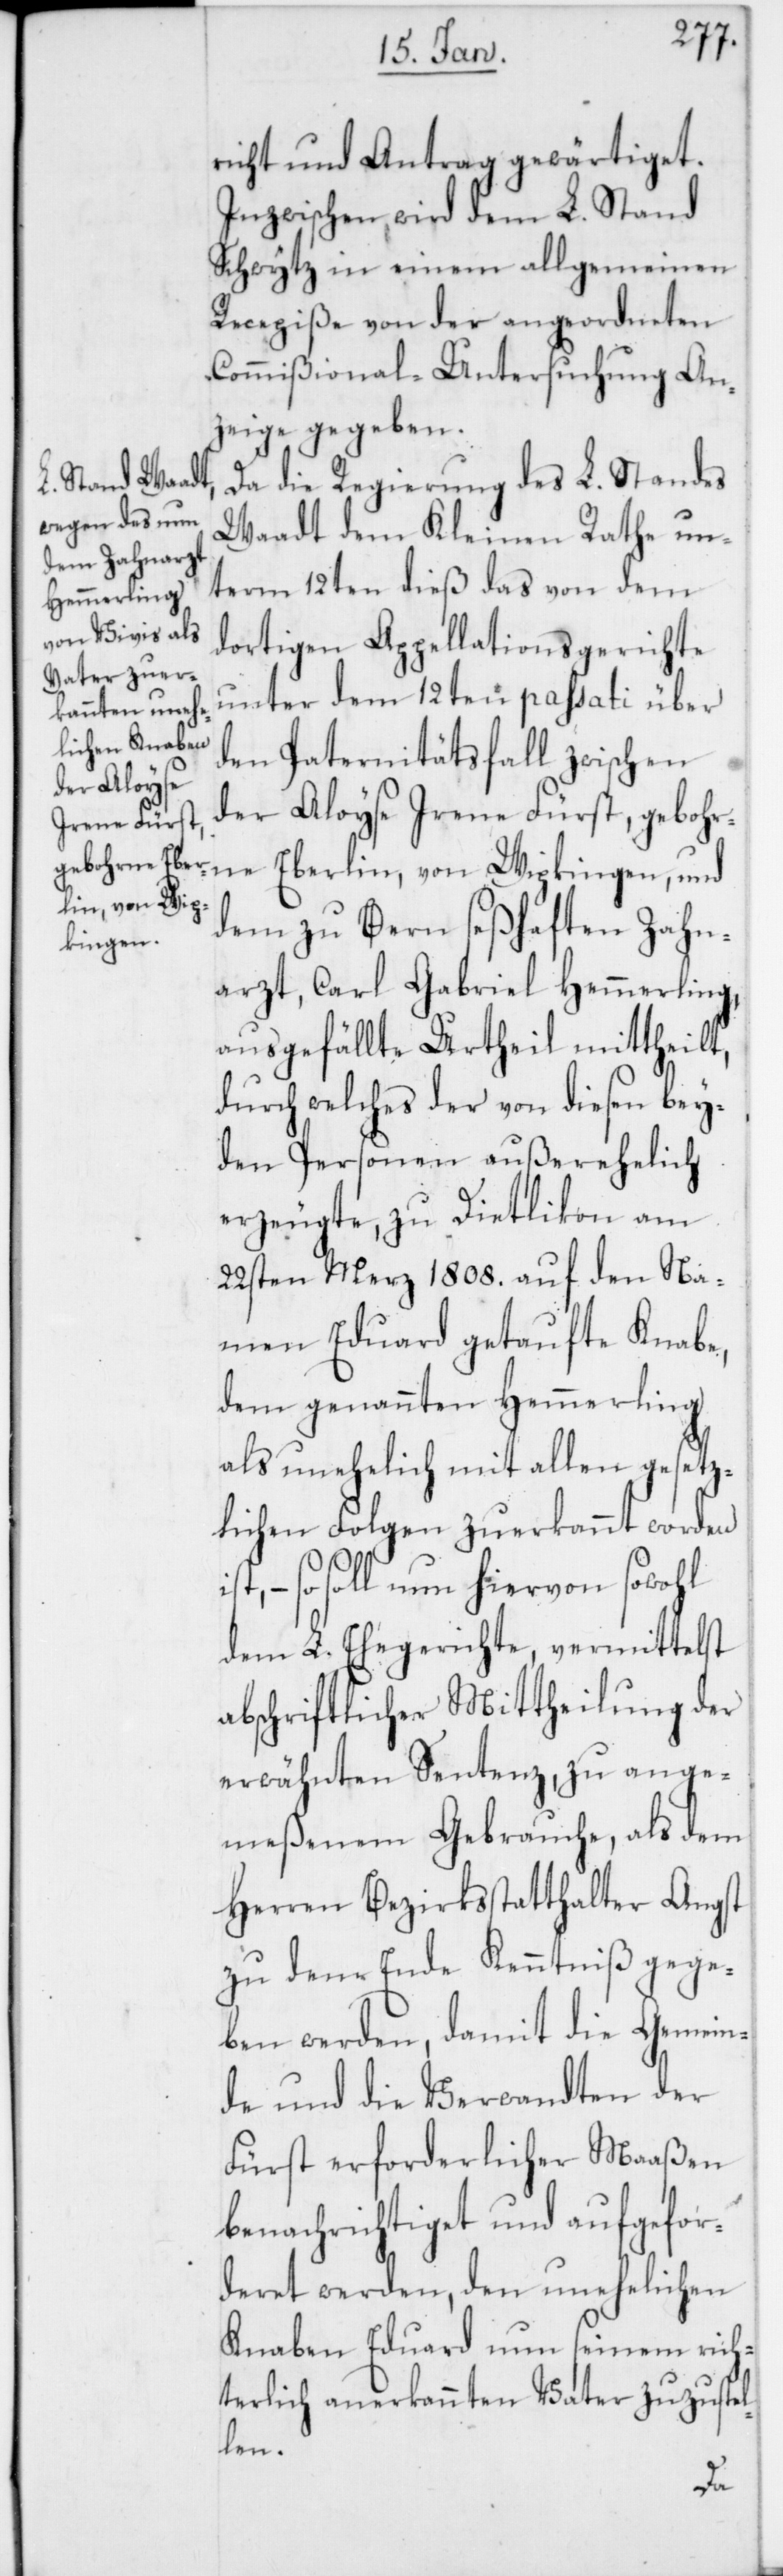
richt und Antrag gewärtiget.
Inzwischen wird dem L. Stand
Schwytz in einem allgemeinen
Recepiße von der angeordneten
Commißional-Untersuchung An¬
zeige gegeben.
Da die Regierung des L. Standes
Waadt dem Kleinen Rathe un¬
term 12ten dieß das von dem
dortigen Appellationsgerichte
unter dem 12ten passati über
den Paternitätsfall zwischen
der Aloyse
Irene Fürst,
gebohrne Eberlin, von Wipkingen, und
dem zu Bern seßhaften Zahn¬
arzt, Carl Gabriel Hemmerling,
ausgefällte Urtheil mittheilt,
durch welches der von diesen bey¬
den Personen außerehelich
erzeugte, zu Dietlikon am
22sten März 1808. auf den Na¬
men Eduard getaufte Knabe,
dem genannten Hemmerling
als unehelich mit allen gesetz¬
lichen Folgen zuerkannt worden
so soll nun hiervon sowohl
dem L. Ehegerichte, vermittelst
abschriftlicher Mittheilung der
erwähnten Sentenz, zu ange¬
meßenem Gebrauche, als dem
Herren Bezirksstatthalter Angst
zu dem Ende Kenntniß gege¬
ben werden, damit die Gemein¬
de und die Verwandten der
Fürst erforderlicher Maaßen
benachrichtiget und aufgefor¬
deret werden, den unehelichen
Knaben Eduard nun seinem rich¬
terlich anerkannten Vater zuzustel¬
len.